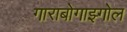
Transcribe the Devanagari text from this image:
गाराबोगाझ्गोल